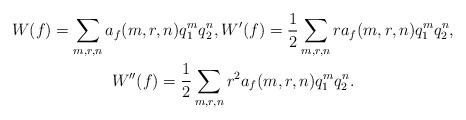
LaTeX: \begin{gather*} W(f) = \sum_{m, r, n}a_{f}(m, r, n)q_{1}^{m}q_{2}^{n}, W'(f) = \frac{1}{2}\sum_{m, r, n}r a_{f}(m, r, n)q_{1}^{m}q_{2}^{n},\\ W''(f) = \frac{1}{2}\sum_{m, r, n}r^{2}a_{f}(m, r, n)q_{1}^{m}q_{2}^{n}. \end{gather*}